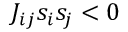
J _ { i j } s _ { i } s _ { j } < 0